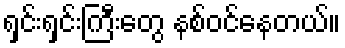
ရှင်းရှင်းကြီးတွေ နစ်ဝင်နေတယ်။